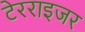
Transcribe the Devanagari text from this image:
टेरराइजर